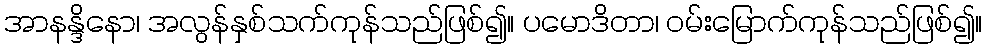
အာနန္ဒိနော၊ အလွန်နှစ်သက်ကုန်သည်ဖြစ်၍။ ပမောဒိတာ၊ ဝမ်းမြောက်ကုန်သည်ဖြစ်၍။